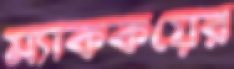
ম্যাককয়ের